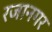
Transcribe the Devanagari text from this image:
रजानगर